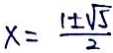
x = \frac { 1 \pm \sqrt { 5 } } { 2 }